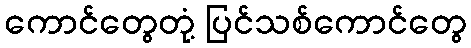
ကောင်တွေတုံ့ ပြင်သစ်ကောင်တွေ